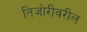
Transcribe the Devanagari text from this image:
तिजोरीवरील